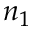
n _ { 1 }